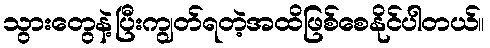
သွားတွေနဲ့ပြီးကျွတ်ရတဲ့အထိဖြစ်စေနိုင်ပါတယ်။